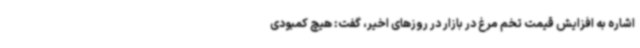
اشاره به افزایش قیمت تخم مرغ در بازار در روزهای اخیر، گفت: هیچ کمبودی